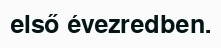
első évezredben.